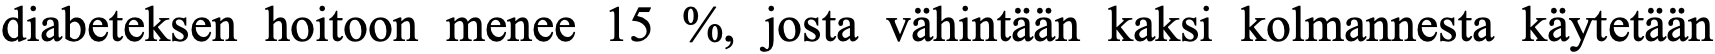
diabeteksen hoitoon menee 15 %, josta vähintään kaksi kolmannesta käytetään